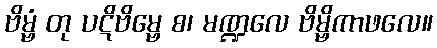
ဗိမ္ဗံ တု ပဋိဗိမ္ဗေ စ၊ မဏ္ဍလေ ဗိမ္ဗိကာဖလေ။